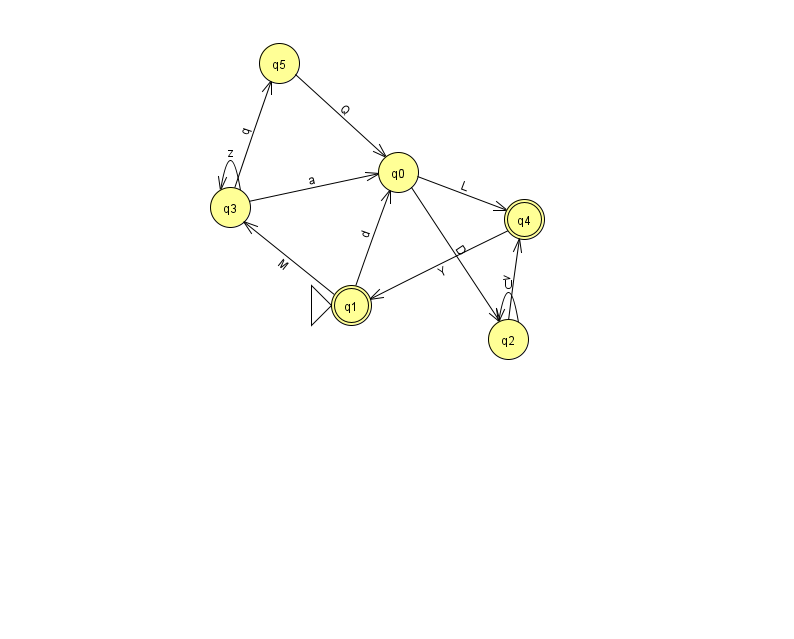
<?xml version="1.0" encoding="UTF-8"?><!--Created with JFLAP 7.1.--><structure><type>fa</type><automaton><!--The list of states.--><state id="0" name="q0"><x>398.0</x><y>159.0</y></state><state id="1" name="q1"><x>351.0</x><y>292.0</y><initial/><final/></state><state id="2" name="q2"><x>508.0</x><y>326.0</y></state><state id="3" name="q3"><x>230.0</x><y>194.0</y></state><state id="4" name="q4"><x>524.0</x><y>206.0</y><final/></state><state id="5" name="q5"><x>279.0</x><y>50.0</y></state><!--The list of transitions.--><transition><from>3</from><to>5</to><read>q</read></transition><transition><from>2</from><to>2</to><read>U</read></transition><transition><from>4</from><to>1</to><read>Y</read></transition><transition><from>2</from><to>4</to><read>v</read></transition><transition><from>1</from><to>3</to><read>M</read></transition><transition><from>0</from><to>4</to><read>L</read></transition><transition><from>3</from><to>3</to><read>z</read></transition><transition><from>0</from><to>2</to><read>D</read></transition><transition><from>1</from><to>0</to><read>d</read></transition><transition><from>3</from><to>0</to><read>a</read></transition><transition><from>5</from><to>0</to><read>Q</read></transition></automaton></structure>